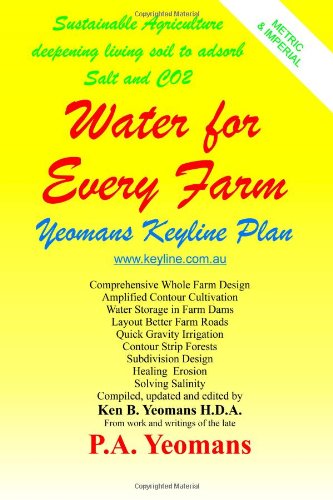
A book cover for Water For Every Farm: Yeomans Keyline Plan; P. A. Yeomans; Science & Math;